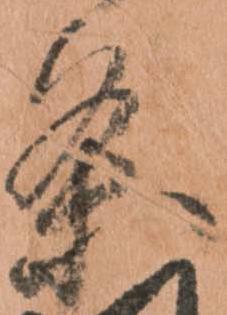
条